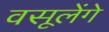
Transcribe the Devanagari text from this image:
वसूलेंगे